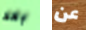
بعد عن